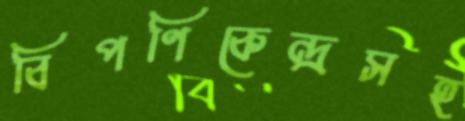
বিপণিকেন্দ্রসহ